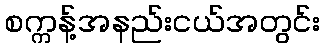
စက္ကန့်အနည်းငယ်အတွင်း